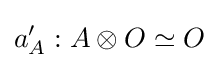
a'_{A}:A\otimes O\simeq O